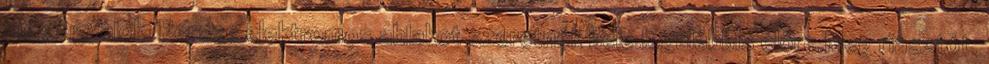
még agyalok. Persze elektromos ablakot szeretnék bele.legalábbis előre,Meg riasztót.